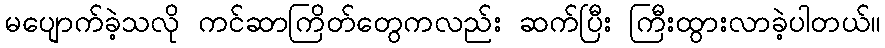
မပျောက်ခဲ့သလို ကင်ဆာကြိတ်တွေကလည်း ဆက်ပြီး ကြီးထွားလာခဲ့ပါတယ်။